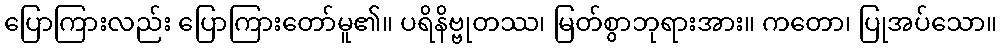
ပြောကြားလည်း ပြောကြားတော်မူ၏။ ပရိနိဗ္ဗုတဿ၊ မြတ်စွာဘုရားအား။ ကတော၊ ပြုအပ်သော။